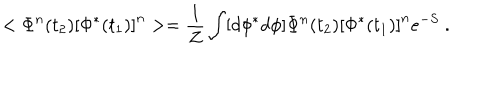
LaTeX: < \Phi ^ { n } ( t _ { 2 } ) \left[ \Phi ^ { * } ( t _ { 1 } ) \right] ^ { n } > = { \frac { 1 } { Z } } \int [ d \phi ^ { * } d \phi ] \Phi ^ { n } ( t _ { 2 } ) \left[ \Phi ^ { * } ( t _ { 1 } ) \right] ^ { n } e ^ { - S } \ .